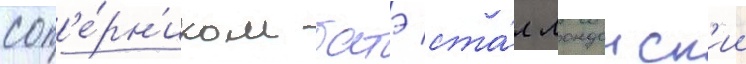
соп'е́рн'иком батэ ста́л лондонск'ии